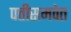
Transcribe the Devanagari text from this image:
पतीसमवेत